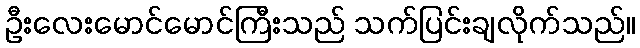
ဦးလေးမောင်မောင်ကြီးသည် သက်ပြင်းချလိုက်သည်။